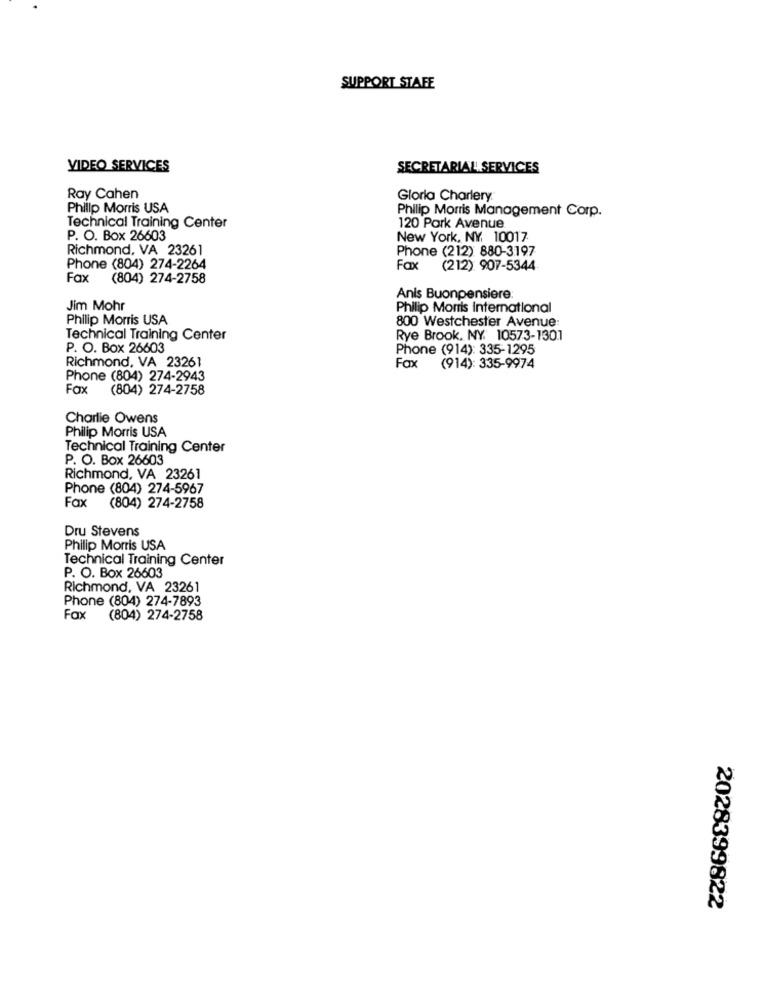
SUPPORT STAFE
VIDEO SERVICES
SECRETARIAL SERVICES
Ray Cahen
Gloria Charlery.
Philip Morris USA
Philip Morris Management Corp.
Technical Training Center
120 Park Avenue
P. O. Box 26603
New York, NY, 10017
Richmond, VA 23261
Phone (212) 880-3197
Phone (804) 274-2264
Fax
(212) 907-5344
Fax
(804) 274-2758
Anis Buonpensiere:
Jim Mohr
Philip Morris International
Philip Morris USA
800 Westchester Avenue:
Technical Training Center
Rye Brook, NY. 10573-1301
P. O. Box 26603
Phone (914): 335-1295
Richmond, VA 23261
Fax
(914): 335-9974
Phone (804) 274-2943
Fax
(804) 274-2758
Charlie Owens
Philip Morris USA
Technical Training Center
P. O. Box 26603
Richmond, VA 23261
Phone (804) 274-5967
Fax
(804) 274-2758
Dru Stevens
Philip Morris USA
Technical Training Center
P. O. Box 26603
Richmond, VA 23261
Phone (804) 274-7893
Fax
(804) 274-2758
2028399822